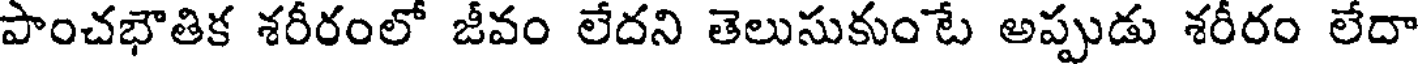
పాంచభౌతిక శరీరంలో జీవం లేదని తెలుసుకుంటే అప్పుడు శరీరం లేదా